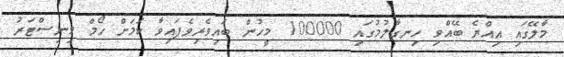
މާލޭގައި އިއްޔެ ބޭއްވި ހިނގާލުމުގައި 100000 މީހުން ބައިވެރިވެފައިވާ ކަމަށް ހޯމް މިނިސްޓަރު